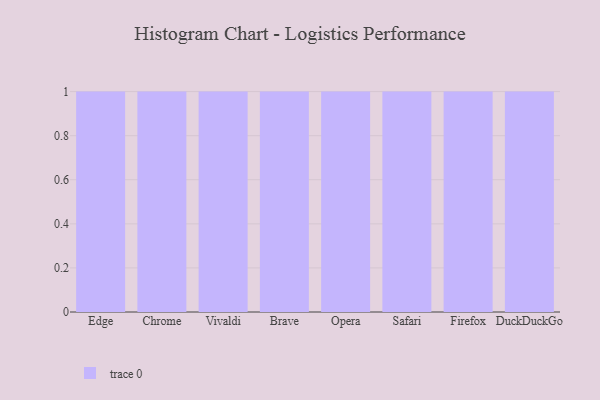
{"axis": {"x": "Browser", "y": "Temperature (°C)"}, "legend": [""], "data": [{"x": "Edge", "y": 24, "type": ""}, {"x": "Chrome", "y": 48, "type": ""}, {"x": "Vivaldi", "y": 81, "type": ""}, {"x": "Brave", "y": 38, "type": ""}, {"x": "Opera", "y": 71, "type": ""}, {"x": "Safari", "y": 43, "type": ""}, {"x": "Firefox", "y": 69, "type": ""}, {"x": "DuckDuckGo", "y": 33, "type": ""}]}